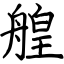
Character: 艎